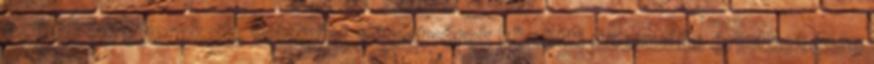
szülők és gyerekeik, valamint a testvérek közötti szexuális érintkezésre